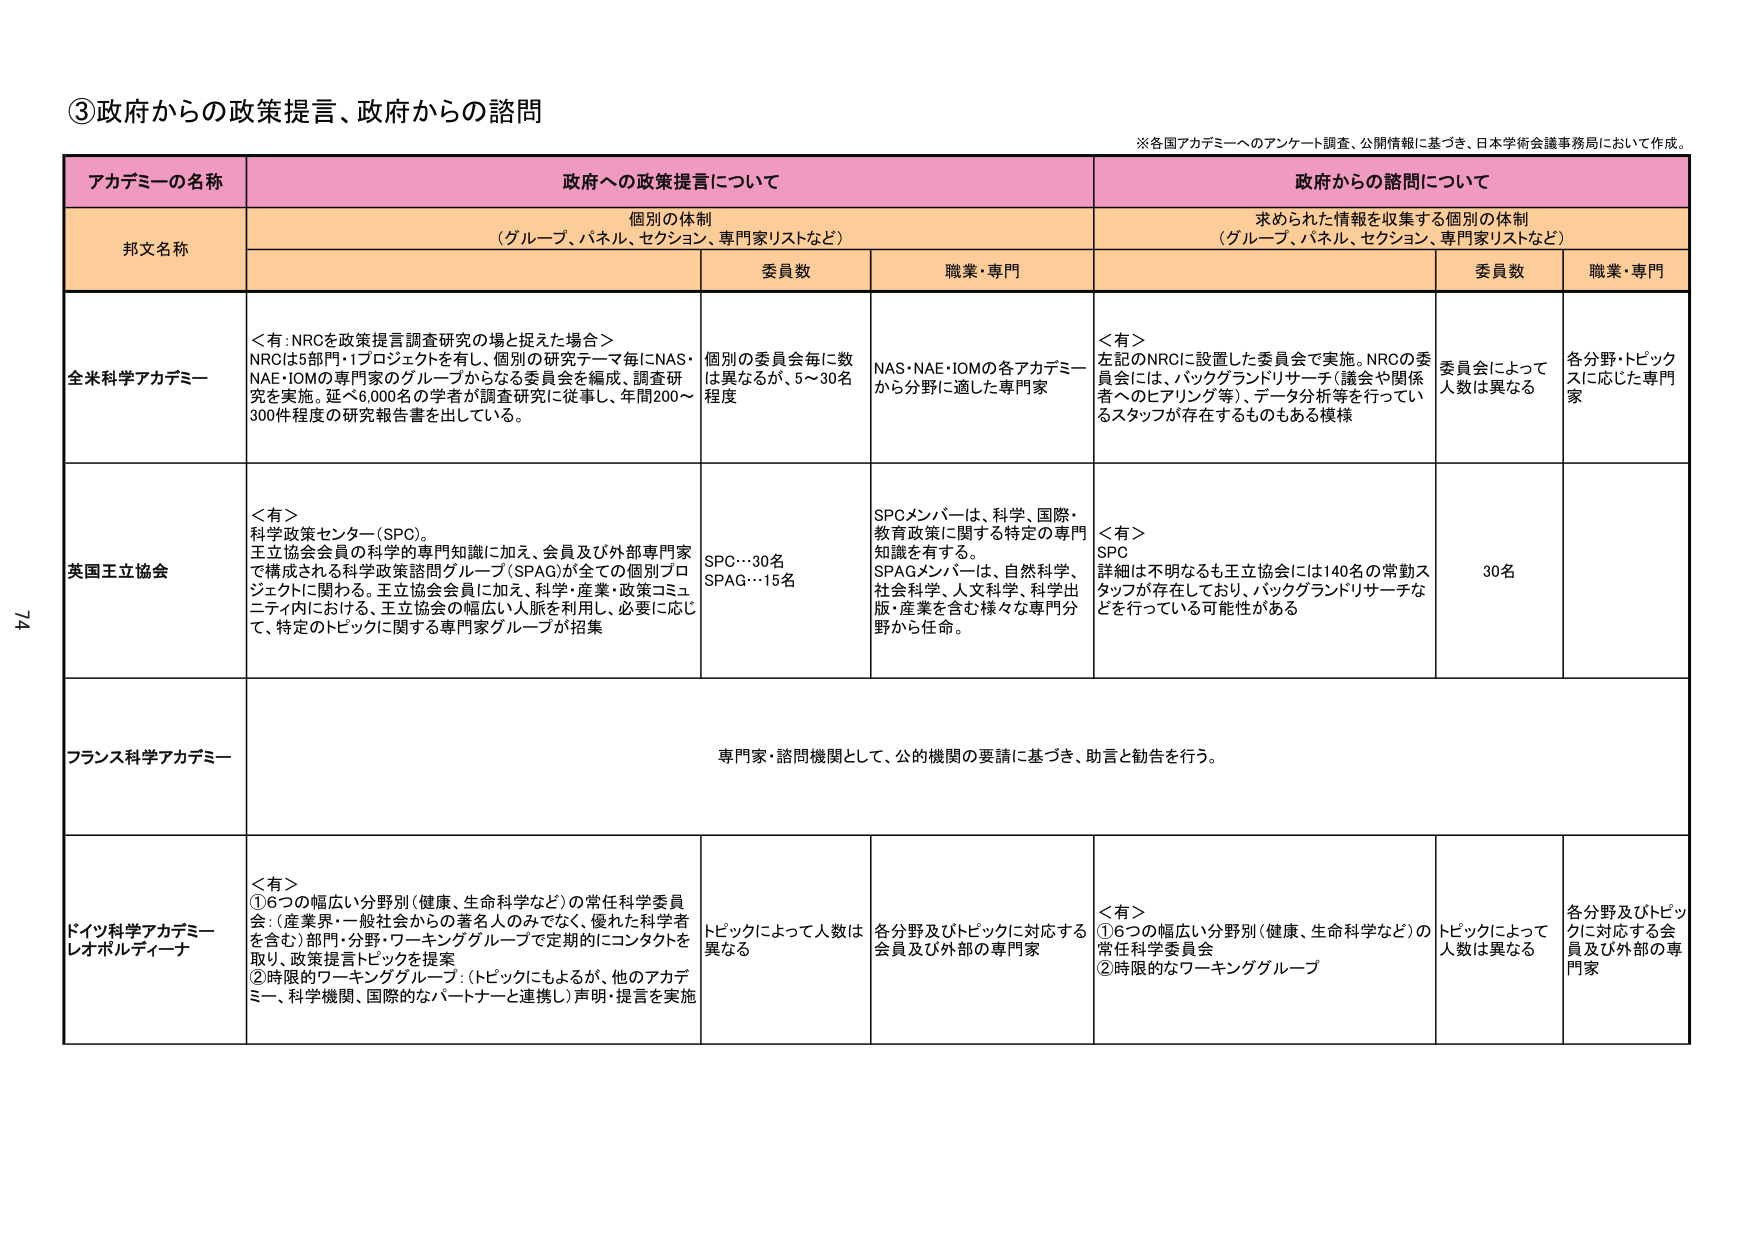
③政府からの政策提言、政府からの諮問

※各国アカデミーへのアンケート調査、公開情報に基づき、日本学術会議事務局において作成。

アカデミーの名称　　政府への政策提言について　　政府からの諮問について

邦文名称　　個別の体制（グループ、パネル、セクション、専門家リストなど）　　委員数　　職業・専門　　求められた情報を収集する個別の体制（グループ、パネル、セクション、専門家リストなど）　　委員数　　職業・専門

全米科学アカデミー　　＜有：NRCを政策提言調査研究の場と捉えた場合＞NRCは5部門・1プロジェクトを有し、個別の研究テーマ毎にNAS・NAE・IOMの専門家のグループからなる委員会を編成、調査研究を実施。延べ6,000名の学者が調査研究に従事し、年間200～300件程度の研究報告書を出している。　　個別の委員会毎に数は異なるが、5～30名程度　　NAS・NAE・IOMの各アカデミーから分野に適した専門家　　＜有＞左記のNRCに設置した委員会で実施。NRCの委員会には、バックグランドリサーチ（議会や関係者へのヒアリング等）、データ分析等を行っているスタッフが存在するものもある模様　　委員会によって人数は異なる　　各分野・トピックスに応じた専門家

英国王立協会　　＜有＞科学政策センター（SPC）。王立協会会員の科学的専門知識に加え、会員及び外部専門家で構成される科学政策諮問グループ（SPAG）が全ての個別プロジェクトに関わる。王立協会会員に加え、科学・産業・政策コミュニティ内における、王立協会の幅広い人脈を利用し、必要に応じて、特定のトピックに関する専門家グループが招集　　SPC…30名SPAG…15名　　SPCメンバーは、科学、国際・教育政策に関する特定の専門知識を有する。SPAGメンバーは、自然科学、社会科学、人文科学、科学出版・産業を含む様々な専門分野から任命。　　＜有＞SPC詳細は不明なるも王立協会には140名の常勤スタッフが存在しており、バックグランドリサーチなどを行っている可能性がある　　30名　　—

フランス科学アカデミー　　専門家・諮問機関として、公的機関の要請に基づき、助言と勧告を行う。

ドイツ科学アカデミー レオポルディーナ　　＜有＞①6つの幅広い分野別（健康、生命科学など）の常任科学委員会（産業界・一般社会からの著名人のみでなく、優れた科学者を含む）部門・分野・ワーキンググループで定期的にコンタクトを取り、政策提言トピックを提案②時限的ワーキンググループ：（トピックにもよるが、他のアカデミー、科学機関、国際的なパートナーと連携し）声明・提言を実施　　トピックによって人数は異なる　　各分野及びトピックに対応する会員及び外部の専門家　　＜有＞①6つの幅広い分野別（健康、生命科学など）の常任科学委員会②時限的なワーキンググループ　　トピックによって人数は異なる　　各分野及びトピックに対応する会員及び外部の専門家

74